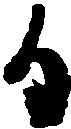
日